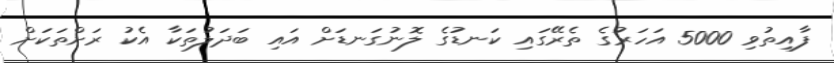
ފާއިތުވި 5000 އަހަރުގެ ތެރޭގައި ކަނޑުގެ ލޮނުގަނޑަށް އައި ބަދަލުތަކާ އެކު ރަށްތަކަށް